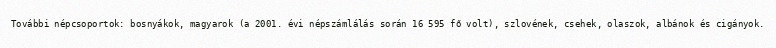
További népcsoportok: bosnyákok, magyarok (a 2001. évi népszámlálás során 16 595 fő volt), szlovének, csehek, olaszok, albánok és cigányok.